Civil Veterinary Department Bengal reports 1923-33 - 1923-1933
Year: 1923
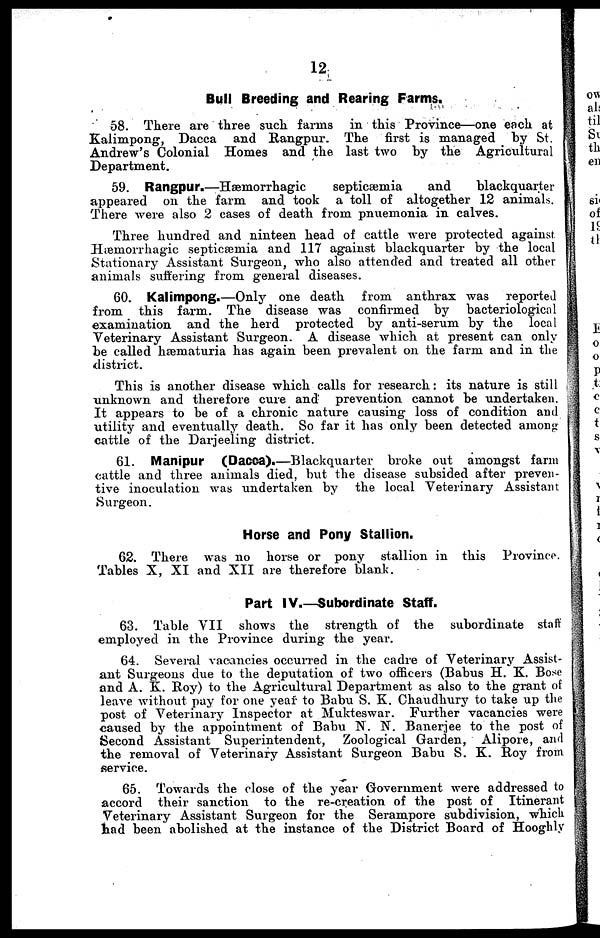
12
Bull Breeding and Rearing Farms.
58. There are three such farms in this Province—one each at
Kalimpong, Dacca and Rangpur. The first is managed by St.
Andrew's Colonial Homes and the last two by the Agricultural
Department.
59. Rangpur.—Hæmorrhagic
septicæmia
and
blackquarter
appeared on the farm and took a toll of altogether 12 animals.
There were also 2 eases of death from pnuemonia in calves.
Three hundred and ninteen head of cattle were protected against
Hæmorrhagic septicæmia and 117 against blackquarter by the local
Stationary Assistant Surgeon, who also attended and treated all other
animals suffering from general diseases.
60. Kalimpong.—Only one death from anthrax was reported
from this farm. The disease was confirmed by bacteriological
examination and the herd protected by anti-serum by the local
Veterinary Assistant Surgeon. A disease which at present can only
be called hæmaturia has again been prevalent on the farm and in the
district.
This is another disease which calls for research: its nature is still
unknown and therefore cure and prevention cannot be undertaken.
It appears to be of a chronic nature causing loss of condition and
utility and eventually death. So far it has only been detected among
cattle of the Darjeeling district.
61. Manipur (Dacca).—Blackquarter broke out amongst farm
cattle and three animals died, but the disease subsided after preven-
tive inoculation was undertaken by the local Veterinary Assistant
Surgeon.
Horse and Pony Stallion.
62. There was no horse or pony stallion in this Province.
Tables X, XI and XII are therefore blank.
Part IV.—Subordinate Staff.
63. Table VII shows the strength of the subordinate staff
employed in the Province during the year.
64. Several vacancies occurred in the cadre of Veterinary Assist-
ant Surgeons due to the deputation of two officers (Babus H. K. Bose
and A. K. Roy) to the Agricultural Department as also to the grant of
leave without pay for one year to Babu S. K. Chaudhury to take up the
post of Veterinary Inspector at Mukteswar. Further vacancies were
caused by the appointment of Babu N. N. Banerjee to the post of
Second Assistant Superintendent, Zoological Garden, Alipore, and
the removal of Veterinary Assistant Surgeon Babu S. K. Roy from
service.
65. Towards the close of the year Government were addressed to
accord their sanction to the re-creation of the post of Itinerant
Veterinary Assistant Surgeon for the Serampore subdivision, which
had been abolished at the instance of the District Board of Hooghly